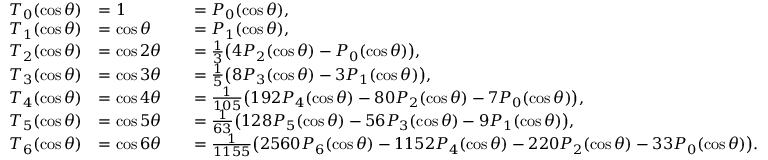
{ \begin{array} { r l r l } { T _ { 0 } ( \cos \theta ) } & { = 1 } & & { = P _ { 0 } ( \cos \theta ) , } \\ { T _ { 1 } ( \cos \theta ) } & { = \cos \theta } & & { = P _ { 1 } ( \cos \theta ) , } \\ { T _ { 2 } ( \cos \theta ) } & { = \cos 2 \theta } & & { = { \frac { 1 } { 3 } } { \bigl ( } 4 P _ { 2 } ( \cos \theta ) - P _ { 0 } ( \cos \theta ) { \bigr ) } , } \\ { T _ { 3 } ( \cos \theta ) } & { = \cos 3 \theta } & & { = { \frac { 1 } { 5 } } { \bigl ( } 8 P _ { 3 } ( \cos \theta ) - 3 P _ { 1 } ( \cos \theta ) { \bigr ) } , } \\ { T _ { 4 } ( \cos \theta ) } & { = \cos 4 \theta } & & { = { \frac { 1 } { 1 0 5 } } { \bigl ( } 1 9 2 P _ { 4 } ( \cos \theta ) - 8 0 P _ { 2 } ( \cos \theta ) - 7 P _ { 0 } ( \cos \theta ) { \bigr ) } , } \\ { T _ { 5 } ( \cos \theta ) } & { = \cos 5 \theta } & & { = { \frac { 1 } { 6 3 } } { \bigl ( } 1 2 8 P _ { 5 } ( \cos \theta ) - 5 6 P _ { 3 } ( \cos \theta ) - 9 P _ { 1 } ( \cos \theta ) { \bigr ) } , } \\ { T _ { 6 } ( \cos \theta ) } & { = \cos 6 \theta } & & { = { \frac { 1 } { 1 1 5 5 } } { \bigl ( } 2 5 6 0 P _ { 6 } ( \cos \theta ) - 1 1 5 2 P _ { 4 } ( \cos \theta ) - 2 2 0 P _ { 2 } ( \cos \theta ) - 3 3 P _ { 0 } ( \cos \theta ) { \bigr ) } . } \end{array} }